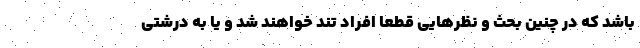
باشد که در چنین بحث و نظرهایی قطعا افراد تند خواهند شد و یا به درشتی